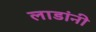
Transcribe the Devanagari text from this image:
लाडांनी